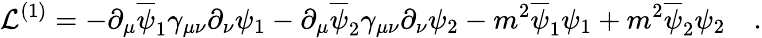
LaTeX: {\cal L}^{(1)}=-\partial_{\mu}\overline{{\psi}}_{1}\gamma_{\mu\nu}\partial_{\nu}\psi_{1}-\partial_{\mu}\overline{{\psi}}_{2}\gamma_{\mu\nu}\partial_{\nu}\psi_{2}-m^{2}\overline{{\psi}}_{1}\psi_{1}+m^{2}\overline{{\psi}}_{2}\psi_{2}\quad.